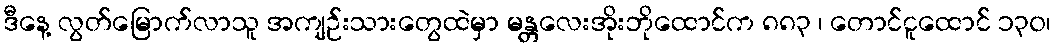
ဒီနေ့ လွတ်မြောက်လာသူ အကျဉ်းသားတွေထဲမှာ မန္တလေးအိုးဘိုထောင်က ၈၈၃ ၊ တောင်ငူထောင် ၁၃၀၊